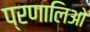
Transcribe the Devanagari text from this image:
प्रणालिओ